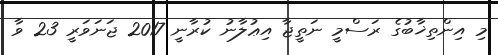
މި އިންތިޚާބުގެ ރަސްމީ ނަތީޖާ އިޢުލާނު ކުރާނީ 2017 ޖަނަވަރީ 23 ވާ